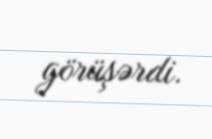
görüşərdi.